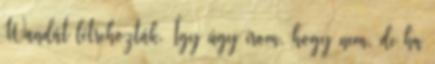
Wandát létrehozták. Így úgy írom, hogy nem, de ha